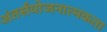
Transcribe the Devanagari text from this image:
अंतर्संयोजनात्मकता